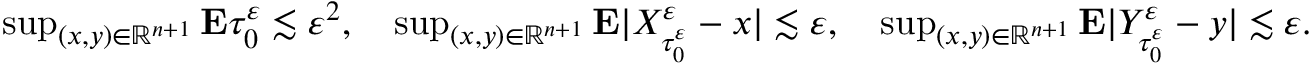
\begin{array} { r } { \operatorname* { s u p } _ { ( x , y ) \in \mathbb { R } ^ { n + 1 } } \mathbf { E } \tau _ { 0 } ^ { \varepsilon } \lesssim \varepsilon ^ { 2 } , \quad \operatorname* { s u p } _ { ( x , y ) \in \mathbb { R } ^ { n + 1 } } \mathbf { E } | X _ { \tau _ { 0 } ^ { \varepsilon } } ^ { \varepsilon } - x | \lesssim \varepsilon , \quad \operatorname* { s u p } _ { ( x , y ) \in \mathbb { R } ^ { n + 1 } } \mathbf { E } | Y _ { \tau _ { 0 } ^ { \varepsilon } } ^ { \varepsilon } - y | \lesssim \varepsilon . } \end{array}